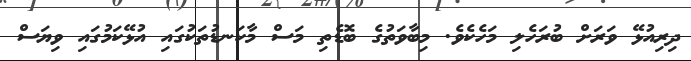
ދިރިއުޅޭ ވަރަށް ބުރަހެލި މަހެކެވެ. މިބާވަތުގެ ބޮޑެތި މަސް މާކަނޑުތަކުގައި އުޅޭކަމުގައި ވިޔަސް